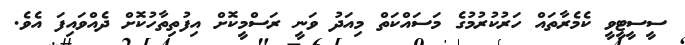
ސީސީޓީވީ ކެމެރާތައް ހަރުކުރުމުގެ މަސައްކަތް މިއަދު ވަނީ ރަސްމީކޮށް އިފުތިތާހުކޮށް ދެއްވައިފަ އެވެ.